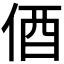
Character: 𫢞